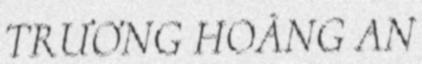
TRƯƠNG HOÀNG AN